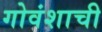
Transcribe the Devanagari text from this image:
गोवंशाची